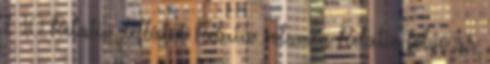
% 10 Relatív deflátor Relatív volumen Relatív folyó ár